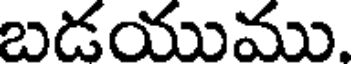
బడయుము.